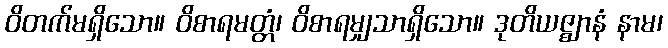
ဝိတက်မရှိသော။ ဝိစာရမတ္တံ၊ ဝိစာရမျှသာရှိသော။ ဒုတိယဇ္ဈာနံ နာမ၊